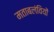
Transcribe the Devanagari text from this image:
मताबलंवियों